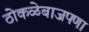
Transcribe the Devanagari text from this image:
ठोकळेबाजपणा